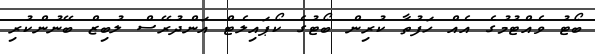
ބޯޓު ވެއްޓުމުގެ އެއް ހަފުތާ ކުރިން ބޯޓުގެ ކޯޕައިލެޓް އަންދުރޭސް ލުބިޒް ބޭނުންކުރި